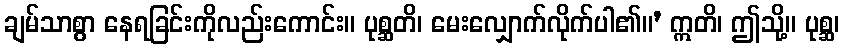
ချမ်သာစွာ နေရခြင်းကိုလည်းကောင်း။ ပုစ္ဆတိ၊ မေးလျှောက်လိုက်ပါ၏။’ ဣတိ၊ ဤသို့။ ပုစ္ဆ၊